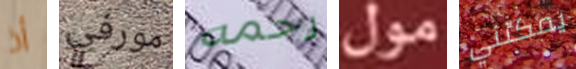
أذ مورفي رحمه مول يمكنني